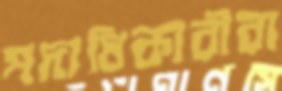
পদাধিকারীরা